Annual report of the Civil Veterinary Department, Bengal, for the year 1897-98 - 1897-1898
Year: 1897
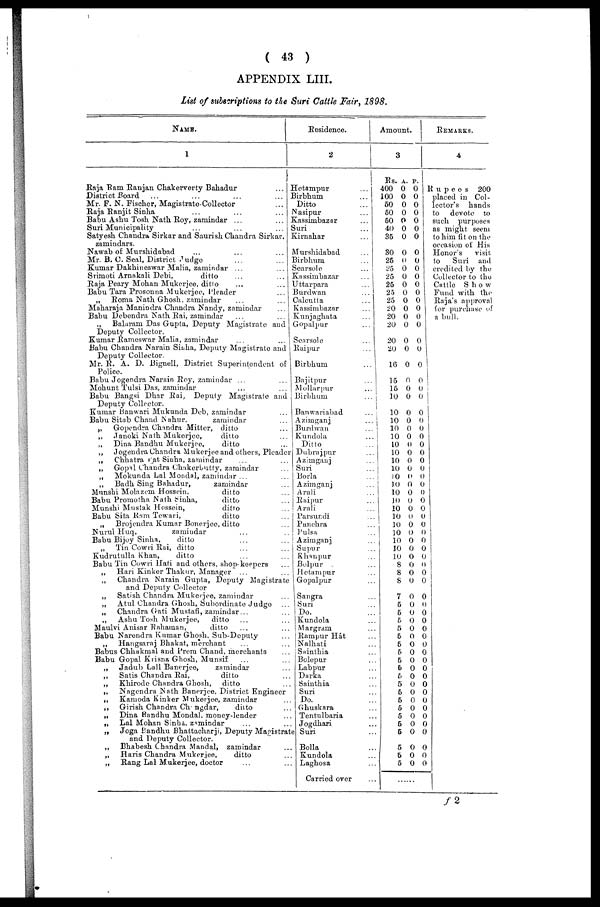
( 43 )
APPENDIX LIII.
List of subscription to the Suri Cattle Fair, 1898.
NAME.
1
Raja Ram Ranjan Chakerverty Bahadur
...
District Board
...
...
...
...
Mr. P. N. Fischer, Magistrate-Collector ...
Raja Ranjit Sinlia
...
...
...
Babu Ashu Tosh Nath Roy, zamindar ... ...
Suri Municipality
...
...
...
Satyesh Chandra Sirkar and Saurish Chandra
Sirkar.
zamindars.
Nawab of Murshidabad ... ...
Mr. B. 0. Seal, District Judge ... ...
Kumar Dakhineswar Malia, zamindar ... ...
Srimoti Arnakali Debi,
ditto ... ...
Raja Peary Mohan Mukerjee, ditto ... ...
Babu Tara Prosonna Mukerjee,
Pleader
...
„
Roma Nath Ghosh, zamindar
...
...
Maharaja Manindra Chandra Nandy, zamindar
...
Babu Debendra Nath Rai, zamindar
...
...
„ Balaram Das Gupta, Deputy Magistrate and
Deputy Collector.
Kumar Rameswar Malia, zamindar ... ...
Babu Chandra Narain Sibha, Deputy Magistrate and
Deputy Collector.
Mr. R. A. D. Bignell, District Superintendent of
Police.
Babu Jogendra Narain Roy, zamindar ... ...
Mohunt Tulsi Das, zamindar ... ...
Babu Bangsi Dhar Rai, Deputy Magistrate and
Deputy Collector.
Kumar Banwari Mukunda Deb, zamindar ...
Babu Sitab Chand Nahur.
zamindar ...
„
Gopendra Chandra Mitter, ditto ...
„ Janoki Nath Mukerjee,
ditto ...
„
Dina Bandhu Mukerjee,
ditto ...
„
Jogendra Chandra Mukerjee and others, Pleader
„
Chhatra rat Sinha, zamindar ... .. .
„
Gopal Chandra Chukerbutty, zamindar ...
„
Mokunda Lal Mondal, zamindar ... ...
„
Badh Sing Bahadur,
zamindar ...
Manshi Molazem Hossein.
ditto ...
Babu Promotha Nath Sinha,
ditto ...
Munshi Mustak Hossein,
ditto ...
Babu Sita Ram Tewari,
ditto ...
„
Brojendra Kumar Bonerjee, ditto ...
Nurul Huq,
zamindar ...
Babu Bijoy Sinha,
ditto ... ...
„
Tin Cowri Rai, ditto ... ...
Kudrutulla Khan,
ditto ... ...
Babu Tin Cowri Hati and others, shop-keepers ...
„
Hari Kinker Thakur, Manager ... ...
„
Chandra Narain Gupta, Deputy Magistrate
and Deputy Collector
„
Satish Chandra Mukerjee, zamindar ...
„
Atul Chandra Ghosh, Subordinate Judge
...
„
Chandra Gati Mustafi, zamindar ... ...
„
Ashu Tosh Mukerjee,
ditto ... ...
Maulvi Anisar Rahaman,
ditto ... ...
Babu Narendra Kumar Ghosh, Sub-Deputy ...
„
Hangsaraj Bhakat, merchant ... ...
Babus Chhakmal and Prem Chand, merchants ...
Babu Gopal Krisna Ghosh, Munsif ... ...
„
Jadub Loll Banerjee,
zamindar ...
„
Satis Chandra Rai,
ditto ...
„
Khirode Chandra Ghosh,
ditto ...
„
Nngendra Nath Banerjee, District Engineer
„
Kamoda Kinker Mukerjee, zamindar ...
„
Girish Chandra Changdar,
ditto ...
„
Dina Randhu Mondal. money-lender ...
„ Lal Mohan Sinha. zamindar ... ...
„
Joga Bandhu Bhattacharji, Deputy Magistrate
and Deputy Collector.
„
Bhabesh Chandra Mandal, zamindar ...
„
Haris Chandra Mukerjee,
ditto ...
„
Rang Lal Mukerjee, doctor ... ...
Residence.
2
Hetampur ...
Birbhum ...
Ditto
Nasipur ...
Kassimbazar ...
Suri ...
Kirnahar ...
Murshidabad ...
Birbhum ...
Searsolo ...
Kassim bazar ...
Uttarpara ...
Burdwan ...
Calcutta
Kassimbazar ...
Kunjaghata ...
Gopalpur ...
Searsole ...
Raipur ...
Birbhum
...
Bajitpur ...
Mollarpur ...
Birbhum
...
Banwariabad ...
Azimganj ...
Burdwan ...
Kundola ...
Ditto ...
Dubrajpur ...
Azimganj ...
Suri ...
Borla ...
Azimganj ...
Arali ...
Raipur ...
Arali ...
Parsundi ...
Punchra ...
Pulsa ...
Azimganj ...
Supur ...
Khanpur ...
Bolpur ...
Hetampur ...
Gopalpur ...
Sangra
Suri ...
Do.
Kundola ...
Margram ...
Rampur Hát ...
Nalhati ...
Sainthia ...
Bolepur ...
Labpur ...
Darka ...
Sainthia ...
Suri ...
Do.
Ghuskara ...
Tentulbaria ...
Jogdhari ...
Suri ...
Bolla ...
Kundola ...
Laghosa ...
Carried over
Amount.
3
Rs.
400
100
50
50
50
40
35
30
25
25
25
25
25
25
20
20
20
20
20
16
15
15
10
10
10
10
10
10
10
10
10
10
10
10
10
10
10
10
10
1
10
1
8
8
8
7
5
5
5
5
5
5
5
5
5
5
5
5
5
5
5
5
5
5
5
5
a.
0
0
0
0
0
0
0
0
0
0
0
0
0
0
0
0
0
0
0
0
0
0
0
0
0
0
0
0
0
0
0
0
0
0
0
0
0
0
0
0
0
0
0
0
0
0
0
0
0
0
0
0
0
0
0
0
0
0
0
0
0
0
0
0
0
0
p.
0
0
0
0
0
0
0
0
0
0
0
0
0
0
0
0
0
0
0
0
0
0
0
0
0
0
0
0
0
0
0
0
0
0
0
0
0
0
0
0
0
0
0
0
0
0
0
0
0
0
0
0
0
0
0
0
0
0
0
0
0
0
0
0
0
0
REMARKS.
4
Rupees
200
placed in Col-
lector's
hands
to
devote to
such purposes
as might seem
to him fit on the
occasion of His
Honor's
visit
to
Suri and
credited by the
Collector to the
Cattle S h o w
Fund with the
Raja's approval
for purchase of
a bull.
f 2